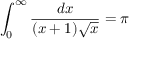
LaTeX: \int _ { 0 } ^ { \infty } { \frac { d x } { ( x + 1 ) { \sqrt { x } } } } = \pi